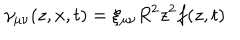
\gamma _ { \mu \nu } ( z , x , t ) = \xi _ { \mu \nu } R ^ { 2 } z ^ { 2 } f ( z , t )